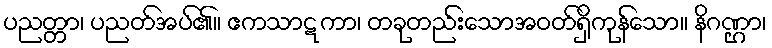
ပညတ္တာ၊ ပညတ်အပ်၏။ ဧကသာဋကာ၊ တခုတည်းသောအဝတ်ရှိကုန်သော။ နိဂဏ္ဌာ၊